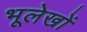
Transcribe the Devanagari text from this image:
भूलेखों